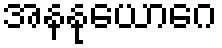
အနနုယောဂေ